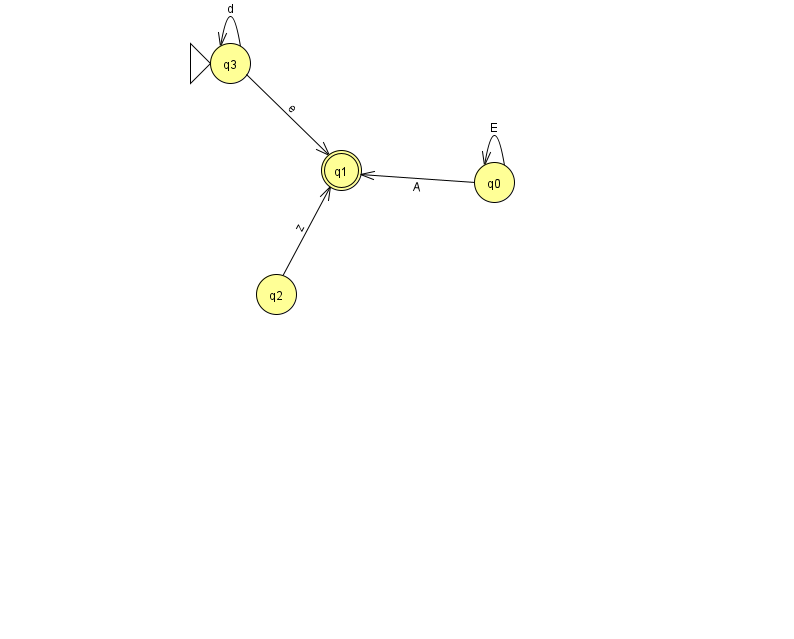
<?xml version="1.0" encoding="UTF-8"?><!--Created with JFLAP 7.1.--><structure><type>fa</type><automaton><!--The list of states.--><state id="0" name="q0"><x>494.0</x><y>169.0</y></state><state id="1" name="q1"><x>341.0</x><y>157.0</y><final/></state><state id="2" name="q2"><x>276.0</x><y>281.0</y></state><state id="3" name="q3"><x>230.0</x><y>50.0</y><initial/></state><!--The list of transitions.--><transition><from>3</from><to>1</to><read>e</read></transition><transition><from>3</from><to>3</to><read>d</read></transition><transition><from>0</from><to>0</to><read>E</read></transition><transition><from>2</from><to>1</to><read>z</read></transition><transition><from>0</from><to>1</to><read>A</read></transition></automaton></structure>